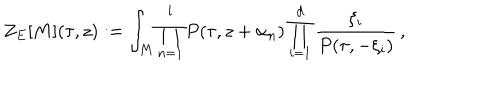
Z _ { E } [ M ] ( \tau , z ) : = \int _ { M } \prod _ { n = 1 } ^ { l } P ( \tau , z + \alpha _ { n } ) \prod _ { i = 1 } ^ { d } \frac { \xi _ { i } } { P ( \tau , - \xi _ { i } ) } \, ,